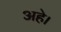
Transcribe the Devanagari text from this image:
अहे।